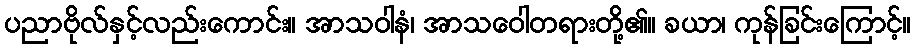
ပညာဗိုလ်နှင့်လည်းကောင်း။ အာသဝါနံ၊ အာသဝေါတရားတို့၏။ ခယာ၊ ကုန်ခြင်းကြောင့်။